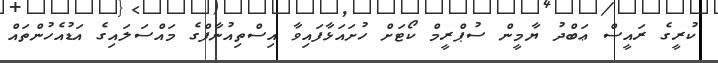
ކުރީގެ ރައީސް ޢަބްދު ޔާމީން ސުޕްރީމް ކޯޓަށް ހުށައަޅާފައިވާ އިސްތިއުނާފްގެ މައްސަލައިގެ އަޑުއެހުންތައް